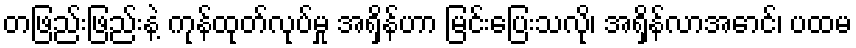
တဖြည်းဖြည်းနဲ့ ကုန်ထုတ်လုပ်မှု အရှိန်ဟာ မြင်းပြေးသလို၊ အရှိန်လာအောင်၊ ပထမ